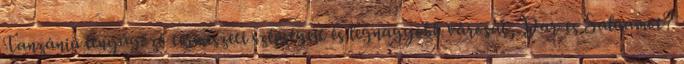
Tanzánia lenyűgöző természeti szépségeit és legnagyobb városát, Dar-es Salaamot?